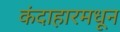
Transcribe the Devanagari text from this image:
कंदाहारमधून